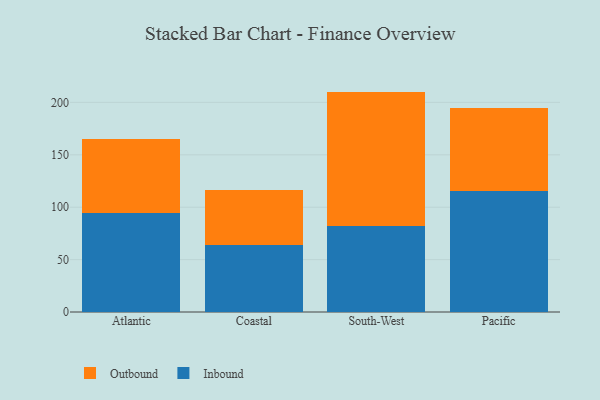
{"axis": {"x": "Region", "y": "Market Share (%)"}, "legend": ["Inbound", "Outbound"], "data": [{"x": "Atlantic", "y": 94.2, "type": "Inbound"}, {"x": "Atlantic", "y": 71.1, "type": "Outbound"}, {"x": "Coastal", "y": 64.3, "type": "Inbound"}, {"x": "Coastal", "y": 52.3, "type": "Outbound"}, {"x": "South-West", "y": 82.1, "type": "Inbound"}, {"x": "South-West", "y": 128.2, "type": "Outbound"}, {"x": "Pacific", "y": 115.5, "type": "Inbound"}, {"x": "Pacific", "y": 78.7, "type": "Outbound"}]}